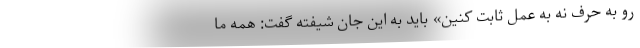
رو به حرف نه به عمل ثابت کنین» باید به این جانِ شیفته گفت: همه ما